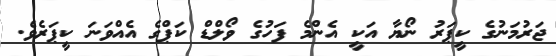
ޖަރުމަނުގެ ކީޕަރު ނޯޔާ އަކީ އެންމެ ފަހުގެ ވޯލްޑް ކަޕްގެ އެއްވަނަ ކީޕަރެވެ.